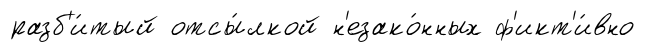
разб'и́тый отсы́лкой н'езако́нных ф'икт'и́вно